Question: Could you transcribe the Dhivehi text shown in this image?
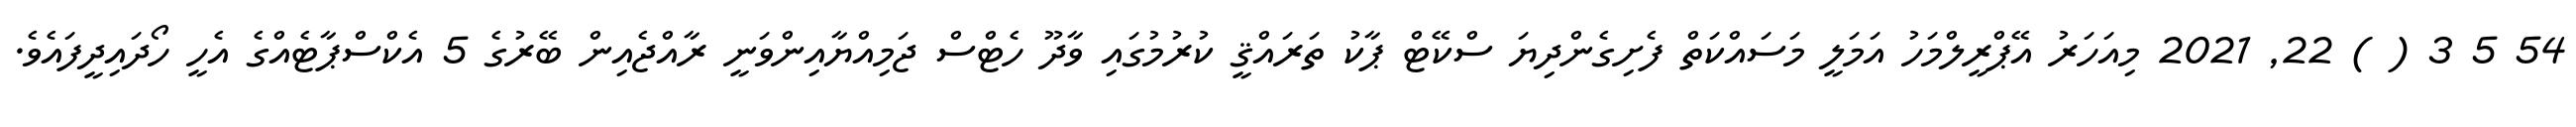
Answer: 54 5 3 ( ) 22, 2021 މިއަހަރު އޭޕްރީލްމަހު އަމަލީ މަސައްކަތް ފެށިގެންދިޔަ ސްކޭޓް ޕާކު ތަރައްޤީ ކުރުމުގައި ވާދޫ ހެޓްސް ޖަމިއްޔާއިންވަނީ ރާއްޖެއިން ބޭރުގެ 5 އެކްސްޕާޓެއްގެ އެހީ ހޯދައިދީފައެވެ.